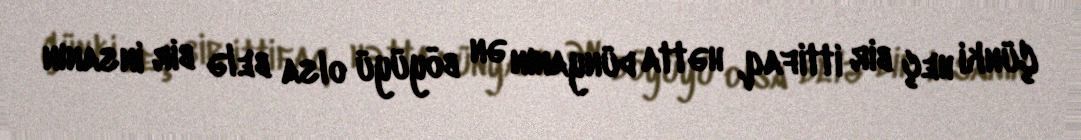
Çünki heç bir ittifaq, hətta dünyanın ən böyüyü olsa belə bir insanın